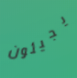
يجيئون